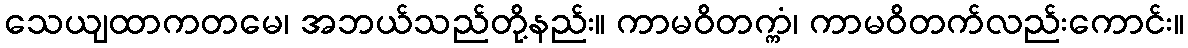
သေယျထာကတမေ၊ အဘယ်သည်တို့နည်း။ ကာမဝိတက္ကံ၊ ကာမဝိတက်လည်းကောင်း။